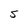
Character: s